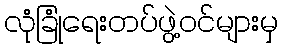
လုံခြုံရေးတပ်ဖွဲ့ဝင်များမှ